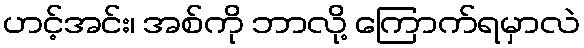
ဟင့်အင်း၊ အစ်ကို ဘာလို့ ကြောက်ရမှာလဲ